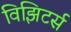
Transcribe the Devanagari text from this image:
विझिटर्स